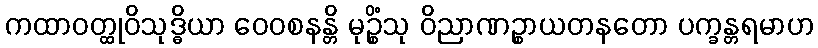
ကထာဝတ္ထုဝိသုဒ္ဓိယာ ဝေဝစနန္တိ မုဉ္စိံသု ဝိညာဏဉ္စာယတနတော ပက္ခန္တရမာဟ